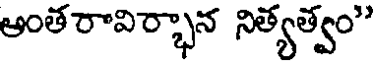
అంత రావిర్భాన నిత్యత్వం"